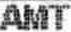
AMT